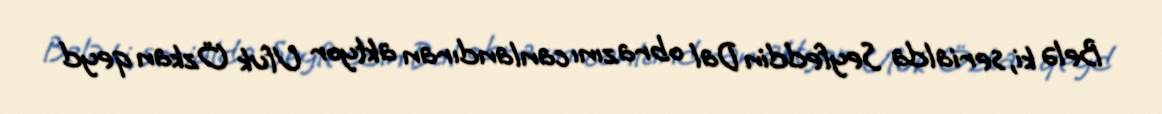
Belə ki, serialda Seyfeddin Dal obrazını canlandıran aktyor Ufuk Özkan qeyd